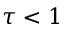
\tau < 1